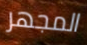
المجهر